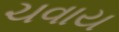
ચવાય